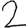
Digit: 2